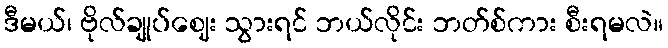
ဒီမယ်၊ ဗိုလ်ချုပ်ဈေး သွားရင် ဘယ်လိုင်း ဘတ်စ်ကား စီးရမလဲ။